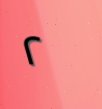
٢